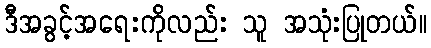
ဒီအခွင့်အရေးကိုလည်း သူ အသုံးပြုတယ်။